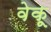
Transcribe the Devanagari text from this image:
वेकू